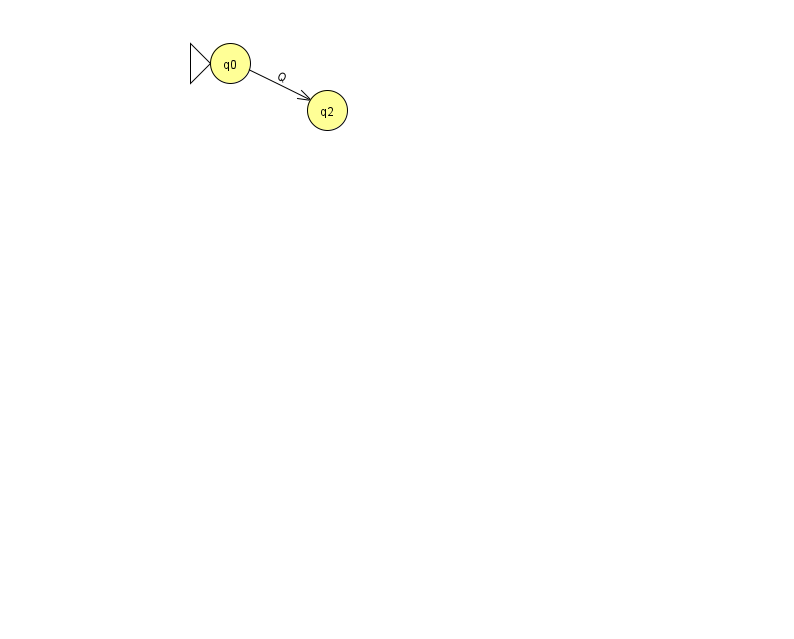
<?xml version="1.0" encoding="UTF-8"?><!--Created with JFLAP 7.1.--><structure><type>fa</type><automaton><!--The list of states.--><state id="0" name="q0"><x>230.0</x><y>50.0</y><initial/></state><state id="2" name="q2"><x>327.0</x><y>97.0</y></state><!--The list of transitions.--><transition><from>0</from><to>2</to><read>Q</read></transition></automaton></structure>